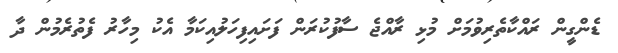
ޑެންގީން ރައްކާތެރިވުމަށް މުޅި ރާއްޖެ ސާފުކުރަން ފަށައިފިހަލުއިކަމާ އެކު މިހާރު ފެތުުރެމުން ދާ